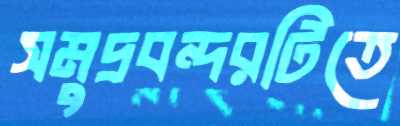
সমুদ্রবন্দরটিতে